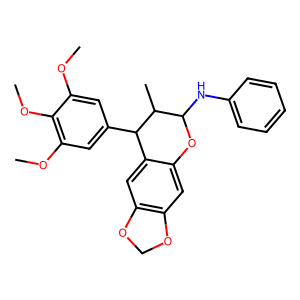
SMILES: COc1cc(C2c3cc4c(cc3OC(Nc3ccccc3)C2C)OCO4)cc(OC)c1OC
Inhibits HIV replication: No